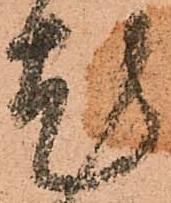
尤